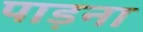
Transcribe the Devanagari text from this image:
पाड़ना